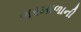
ગરમાળાની